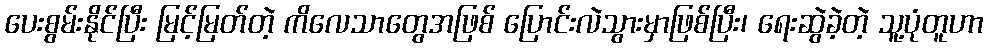
ပေးစွမ်းနိုင်ပြီး မြင့်မြတ်တဲ့ ကိလေသာတွေအဖြစ် ပြောင်းလဲသွားမှာဖြစ်ပြီး၊ ရေးဆွဲခဲ့တဲ့ သူ့ပုံတူဟာ